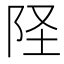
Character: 𫔽